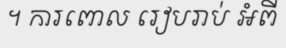
។ ការពោល រៀបរាប់ អំពី